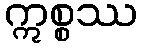
ဣစ္စဿ